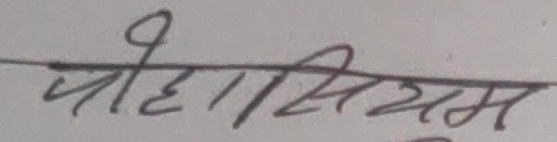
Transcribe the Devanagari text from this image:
वोदासिम